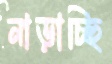
নাড়াচ্ছি